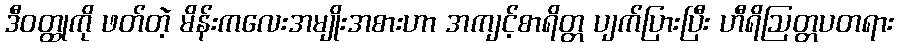
ဒီဝတ္ထုကို ဖတ်တဲ့ မိန်းကလေးအမျိုးအစားဟာ အကျင့်စာရိတ္တ ပျက်ပြားပြီး ဟီရိဩတ္တပတရား